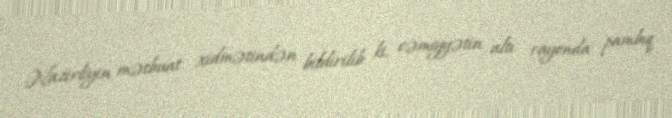
Nazirliyin mətbuat xidmətindən bildirilib ki, cəmiyyətin altı rayonda pambıq